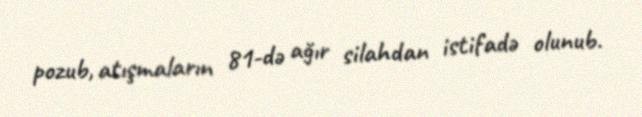
pozub, atışmaların 81-də ağır silahdan istifadə olunub.